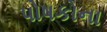
પોષકોના